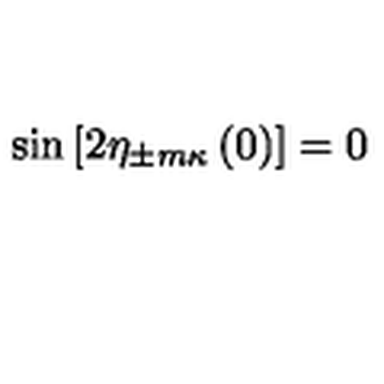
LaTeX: \sin \left[ 2 \eta _ { \pm m \kappa } \left( 0 \right) \right] = 0